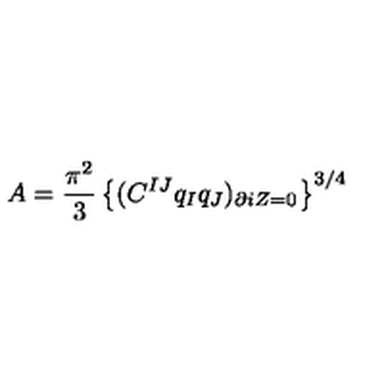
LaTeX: A = { \frac { \pi ^ { 2 } } { 3 } } \left\{ ( C ^ { I J } q _ { I } q _ { J } ) _ { \partial i Z = 0 } \right\} ^ { 3 / 4 }